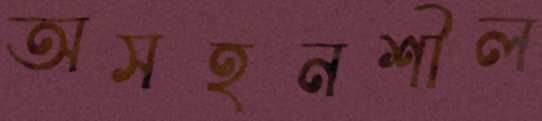
অসহনশীল